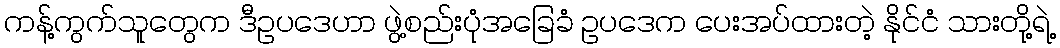
ကန့်ကွက်သူတွေက ဒီဥပဒေဟာ ဖွဲ့စည်းပုံအခြေခံ ဥပဒေက ပေးအပ်ထားတဲ့ နိုင်ငံ သားတို့ရဲ့